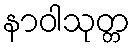
နာဝါသုတ္တ